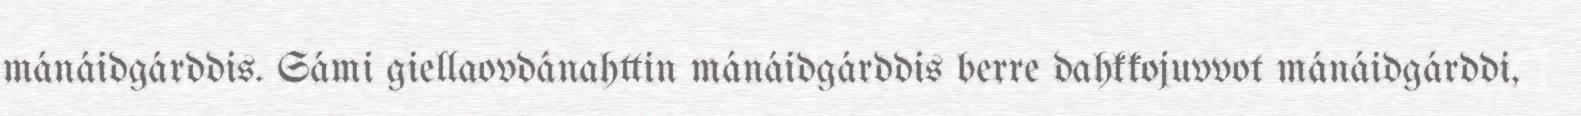
mánáidgárddis. Sámi giellaovdánahttin mánáidgárddis berre dahkkojuvvot mánáidgárddi,